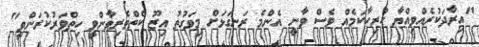
"އިރާދަކުރެއްވިއްޔާ ހުރިހާކަމެއް ވެސް ވާނީ އެންމެ ރަނގަޅަށް މިވަގުތު އިޒޫ ކެތްތެރިވާންވީ ހިތްވަރުކުރަންވީ"